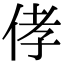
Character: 侾